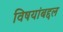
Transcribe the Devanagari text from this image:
विषयांबद्दल